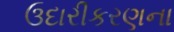
ઉદારીકરણના